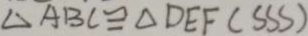
\Delta A B C \cong \Delta D E F ( S S S )